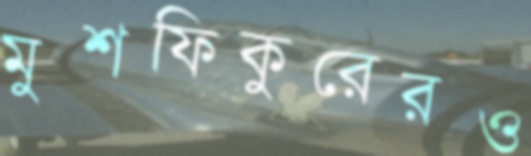
মুশফিকুরেরও